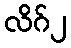
လိဂ်၂